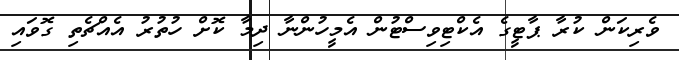
ވެރިކަން ކުރާ ޕާޓީގެ އެކްޓިވިސްޓުން އެމީހުންނާ ދިމާ ކޮށް ހުތުރު އެއްޗެތި ގޮވައި